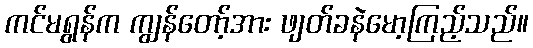
ကင်မရွန်က ကျွန်တော့်အား ဖျတ်ခနဲမော့ကြည့်သည်။